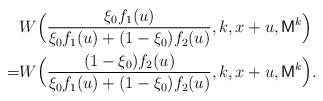
LaTeX: \begin{align*}\begin{aligned} &W\Bigl(\frac{\xi_0f_1(u)}{\xi_0f_1(u)+(1-\xi_0)f_2(u)},k,x+u,\mathsf{M}^{k}\Bigr)\\=&W\Bigl(\frac{(1-\xi_0)f_2(u)}{\xi_0f_1(u)+(1-\xi_0)f_2(u)},k,x+u,\mathsf{M}^{k}\Bigr).\end{aligned}\end{align*}